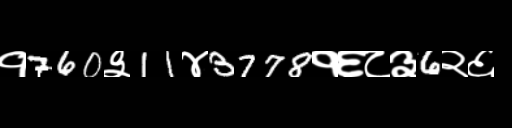
Text: १760३11४3778१६८३6२६